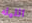
الليله